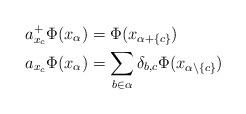
LaTeX: \begin{align*} a^+_{x_c}\Phi(x_\alpha)&= \Phi(x_{\alpha +\{c\}})\\ a_{x_c}\Phi(x_\alpha)&= \sum_{b\in \alpha}\delta_{b,c}\Phi(x_{\alpha \setminus\{c\}}) \end{align*}